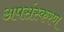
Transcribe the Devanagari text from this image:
अपसंस्करण